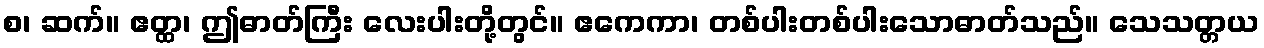
စ၊ ဆက်။ ဧတ္ထ၊ ဤဓာတ်ကြီး လေးပါးတို့တွင်။ ဧကေကာ၊ တစ်ပါးတစ်ပါးသောဓာတ်သည်။ သေသတ္တယ